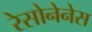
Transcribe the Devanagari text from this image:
रेसोनेनेस